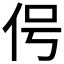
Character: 𬽱